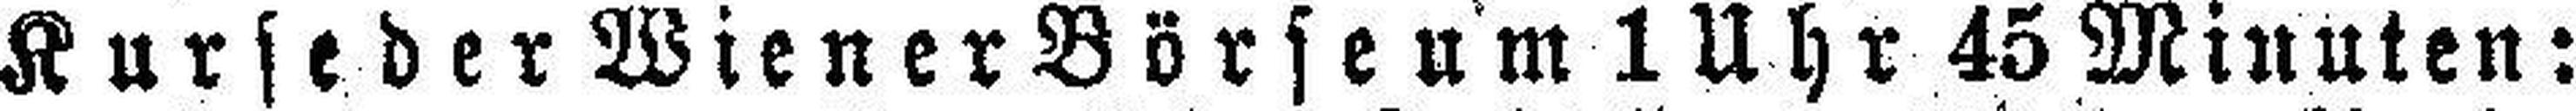
Kurse der Wiener Börse um 1 Uhr 45 Minuten: